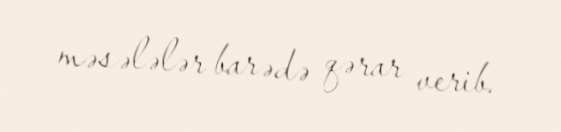
məsələlər barədə qərar verib.